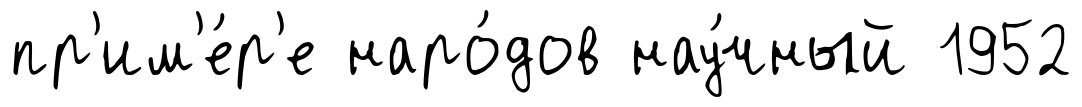
пр'им'е́р'е наро́дов нау́чный 1952